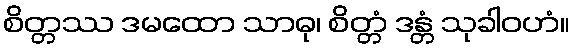
စိတ္တဿ ဒမထော သာဓု၊ စိတ္တံ ဒန္တံ သုခါဝဟံ။